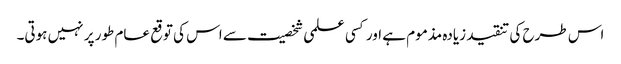
اس طرح کی تنقید زیادہ مذموم ہے اور کسی علمی شخصیت سے اس کی توقع عام طور پر نہیں ہوتی۔